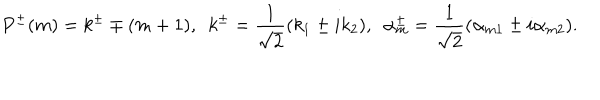
LaTeX: P ^ { \pm } ( m ) = k ^ { \pm } \mp ( m + 1 ) , ~ ~ k ^ { \pm } = \frac { 1 } { \sqrt { 2 } } ( k _ { 1 } \pm i k _ { 2 } ) , ~ ~ \alpha _ { m } ^ { \pm } = \frac { 1 } { \sqrt { 2 } } ( \alpha _ { m 1 } \pm i \alpha _ { m 2 } ) .